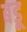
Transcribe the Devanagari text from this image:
बडू